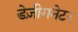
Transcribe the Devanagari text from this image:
डेज़ीगनेटर